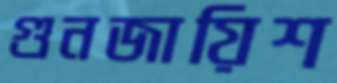
গুনজায়িশ